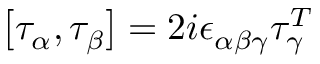
\bigl [ \tau _ { \alpha } , \tau _ { \beta } \bigr ] = 2 i \epsilon _ { \alpha \beta \gamma } \tau _ { \gamma } ^ { T }